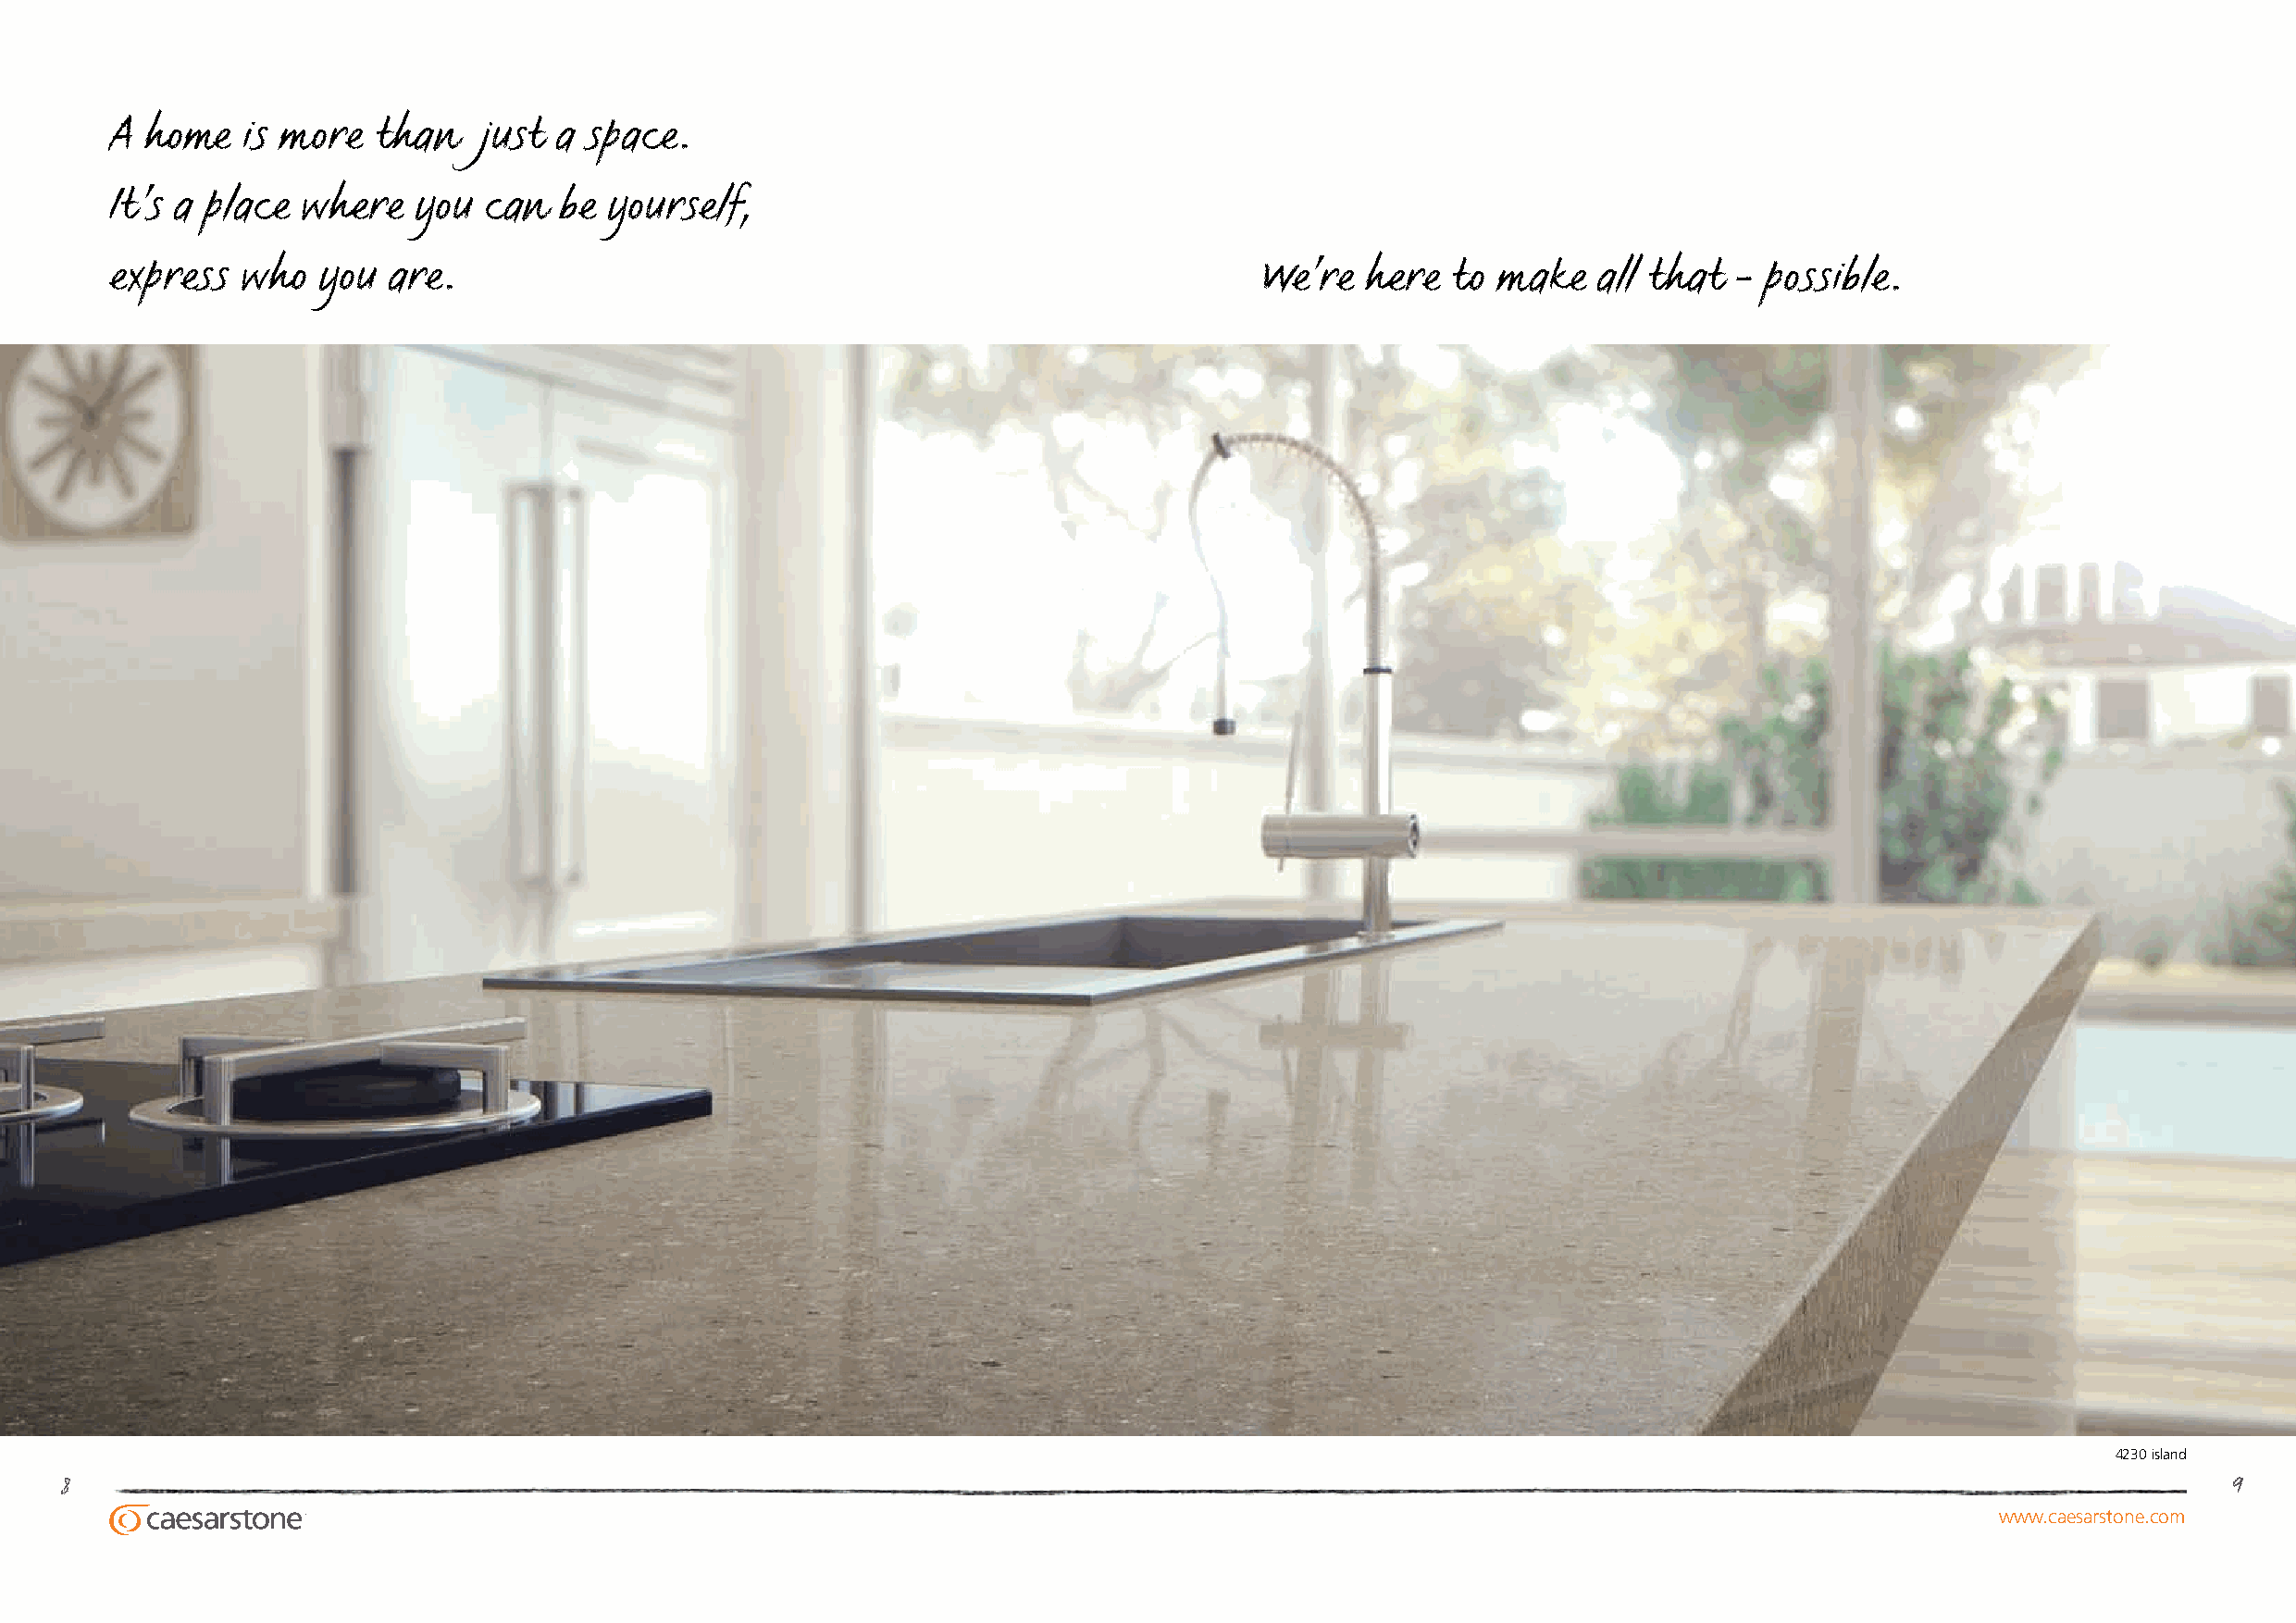
A home   is more   than   just  a space.
 It’s a place  where   you  can  be yourself,
 express  who   you  are.                                                          We’re   here  to make   all that  - possible.
 4230 island
 8                                                                                                                                                           9
 www.caesarstone.com